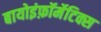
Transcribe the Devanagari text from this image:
बायोइंफ़ॉर्मेटिक्स